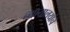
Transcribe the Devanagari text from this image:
न्यायालयांचे